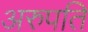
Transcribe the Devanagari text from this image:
अरुपति